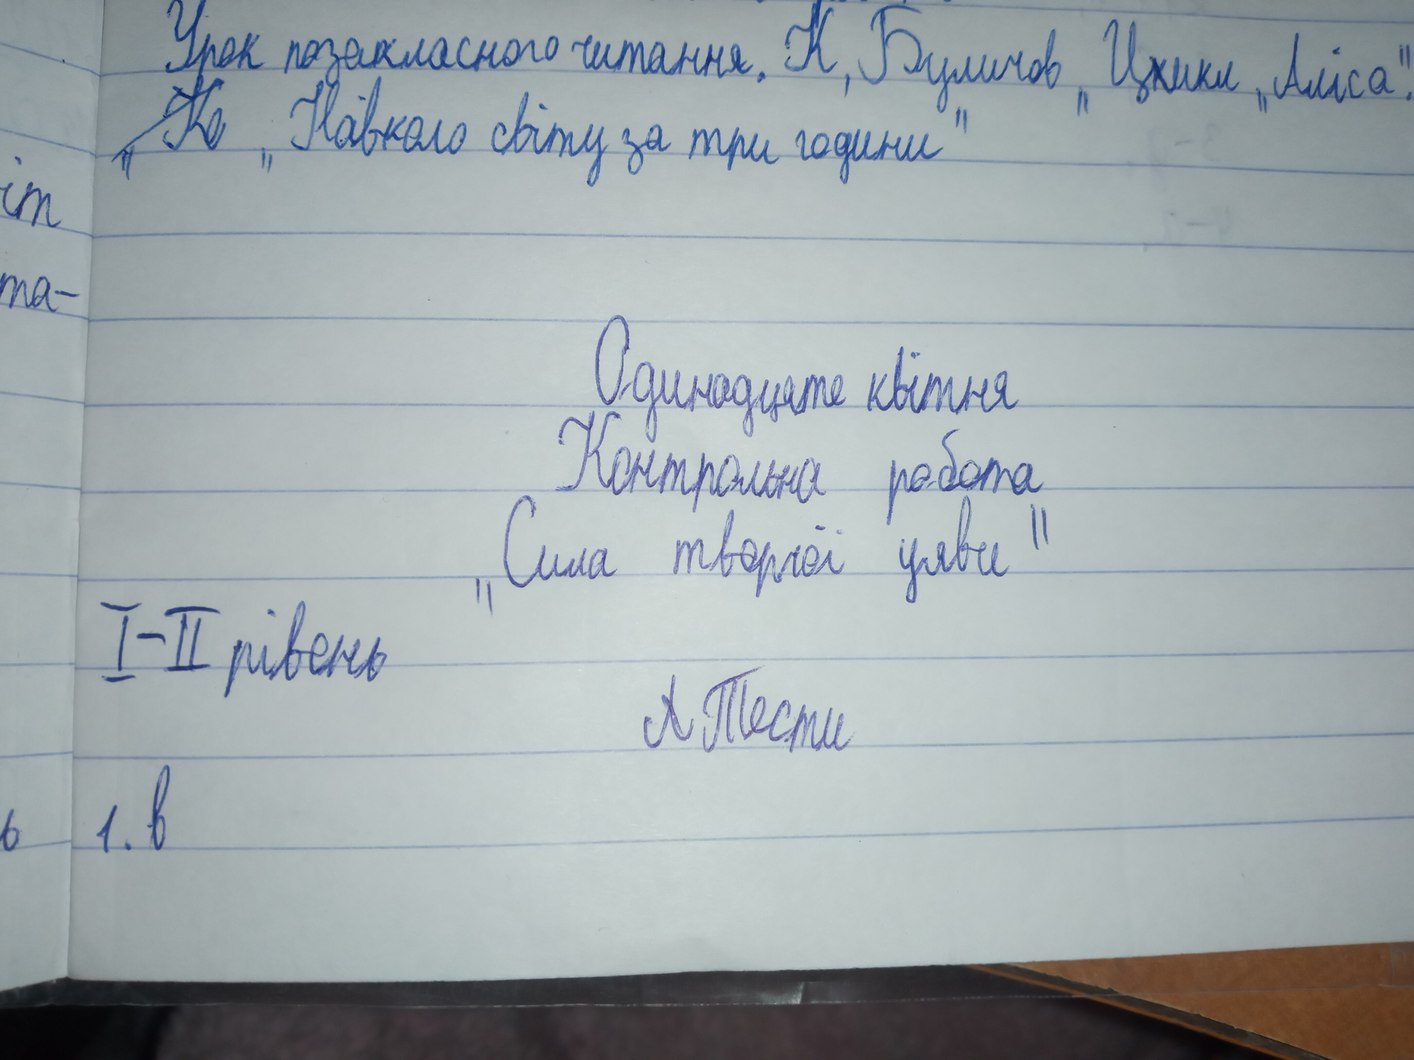
Урок позакласного читання. К. Буличов." Ц~~к~~икл "Аліса".
~~"Ке"~~ "Навколо світу за три години"
іт
та
Одинадцяте квітня
Контрольна робота
"Сили творчої уяви"
I-II рівень
~~Л~~ Тести
1.в